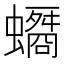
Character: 𧓠